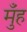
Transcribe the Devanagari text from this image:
मुँंह